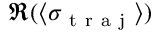
\Re ( \langle \sigma _ { \mathrm { ~ t ~ r ~ a ~ j ~ } } \rangle )